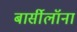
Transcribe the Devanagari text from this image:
बार्सीलॉना